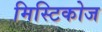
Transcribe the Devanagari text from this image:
मिस्टिकोज